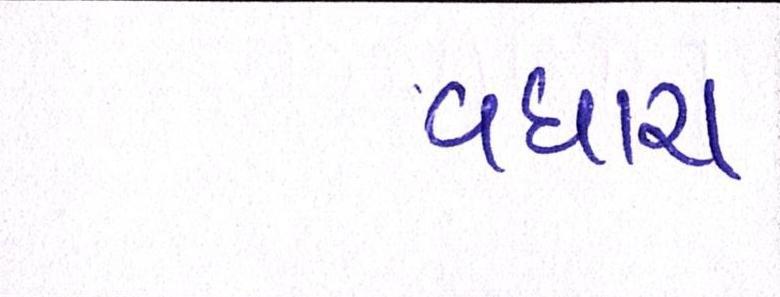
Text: વધારા